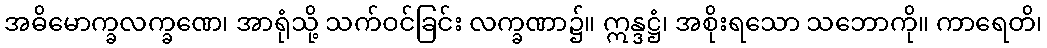
အဓိမောက္ခလက္ခဏေ၊ အာရုံသို့ သက်ဝင်ခြင်း လက္ခဏာ၌။ ဣန္ဒဋ္ဌံ၊ အစိုးရသော သဘောကို။ ကာရေတိ၊